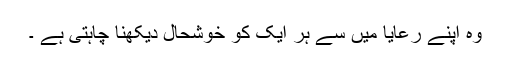
وہ اپنے رعایا میں سے ہر ایک کو خوشحال دیکھنا چاہتی ہے ۔